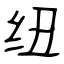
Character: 纽